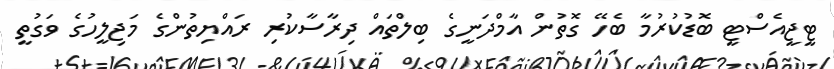
ޓީޖީއެސްޓީ ބޮޑުކުރުމާ ބެހޭ ގޮތުން އާމްދަނީގެ ބިލްތައް ދިރާސާކުރި ރައްޔިތުންގެ މަޖިލީހުގެ ވަގުތީ